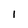
Character: I